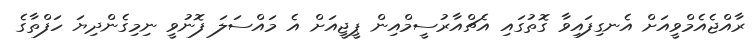
ރާއްޖެއެމްވީއަށް އެނގިފައިވާ ގޮތުގައި އެޗްއާރުސީމްއިން ޕީޖީއަށް އެ މައްސަލަ ފޮނުވީ ނިމިގެންދިޔަ ހަފްތާގެ